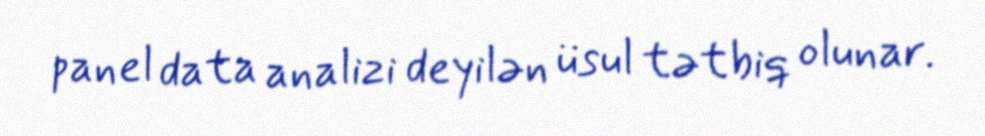
panel data analizi deyilən üsul tətbiq olunar.